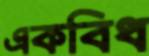
একবিধ